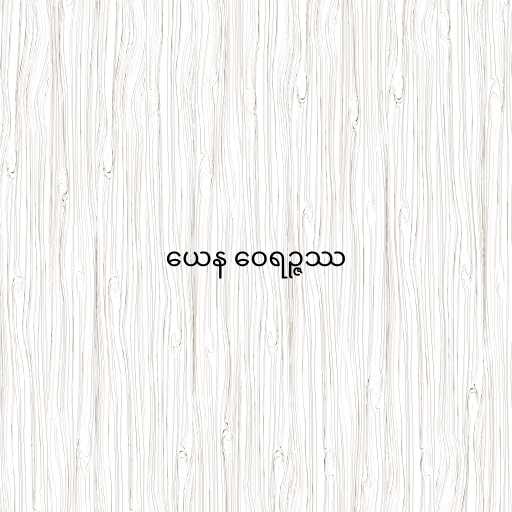
ယေန ဝေရဉ္ဇဿ